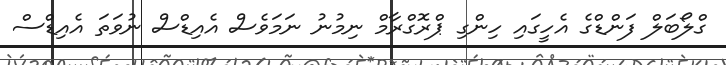
ގްލޯބަލް ފަންޑްގެ އެހީގައި ހިންގި ޕްރޮގްރާމް ނިމުނު ނަމަވެސް އެއިޑްސް ނުވަތަ އެއިޑްސް